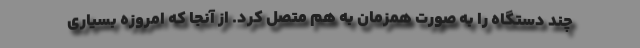
چند دستگاه را به صورت همزمان به هم متصل کرد. از آنجا که امروزه بسیاری